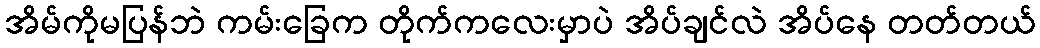
အိမ်ကိုမပြန်ဘဲ ကမ်းခြေက တိုက်ကလေးမှာပဲ အိပ်ချင်လဲ အိပ်နေ တတ်တယ်